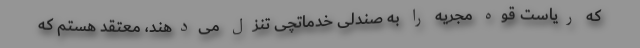
که ریاست قوه مجریه را به صندلی خدماتچی تنزل می‌دهند، معتقد هستم که